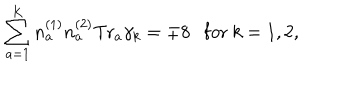
LaTeX: \sum _ { a = 1 } ^ { K } n _ { a } ^ { ( 1 ) } n _ { a } ^ { ( 2 ) } \mathrm { T r } _ { a } \gamma _ { k } = \mp 8 \ \ \ \mathrm { f o r } \ k = 1 , 2 ,